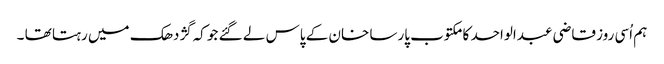
ہم اُسی روز قاضی عبدالواحد کا مکتوب پارسا خان کے پاس لے گئے جو کہ گژدھک میں رہتا تھا ۔